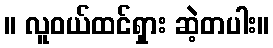
။ လူဝယ်ထင်ရှား ဆဲ့တပါး။